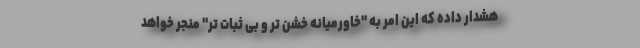
هشدار داده که این امر به "خاورمیانه خشن تر و بی ثبات تر" منجر خواهد